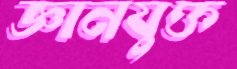
জ্ঞানযুক্ত